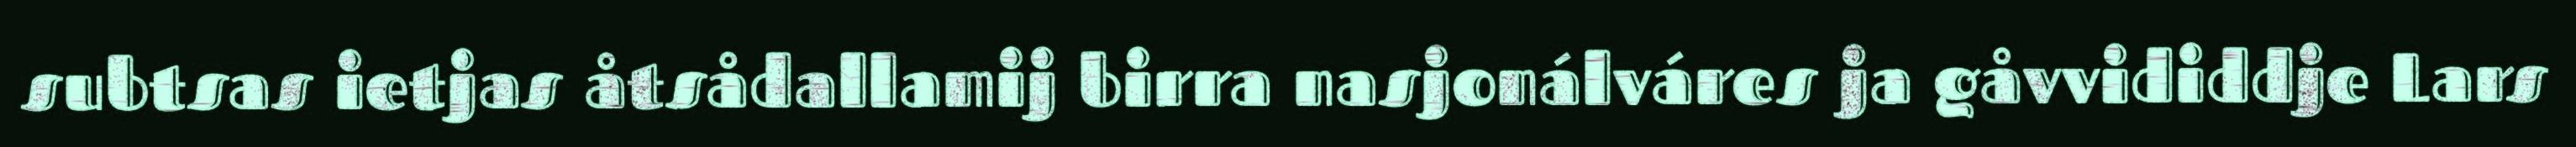
subtsas ietjas åtsådallamij birra nasjonálváres ja gåvvididdje Lars